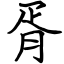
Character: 胥